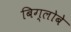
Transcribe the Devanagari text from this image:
बिग्लोबे